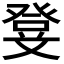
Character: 𭽃